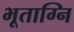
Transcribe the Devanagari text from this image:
भूताग्नि